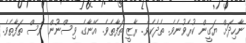
ނާހިދަށް ޔަގީން ކުރެވުނެވެ. ތެދެކެވެ. ރާޒީ ތަފާތެވެ. އޭނާގެ ވިސްނުން ވެސް ތަފާތެވެ.